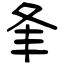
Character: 夆